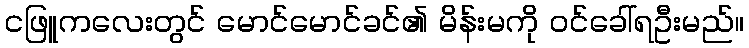
ငဖြူကလေးတွင် မောင်မောင်ခင်၏ မိန်းမကို ဝင်ခေါ်ရဦးမည်။